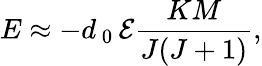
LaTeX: E\approx-d_{\mathrm{~0~}}\mathcal{E}\frac{KM}{J(J+1)},